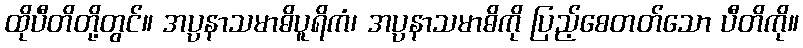
ထိုပီတိတို့တွင်။ အပ္ပနာသမာဓိပူရိကံ၊ အပ္ပနာသမာဓိကို ပြည့်စေတတ်သော ပီတိကို။